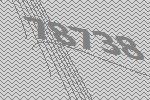
78738